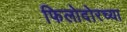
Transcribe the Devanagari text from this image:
फिलोदोरच्या